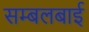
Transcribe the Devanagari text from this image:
सम्बलबाई